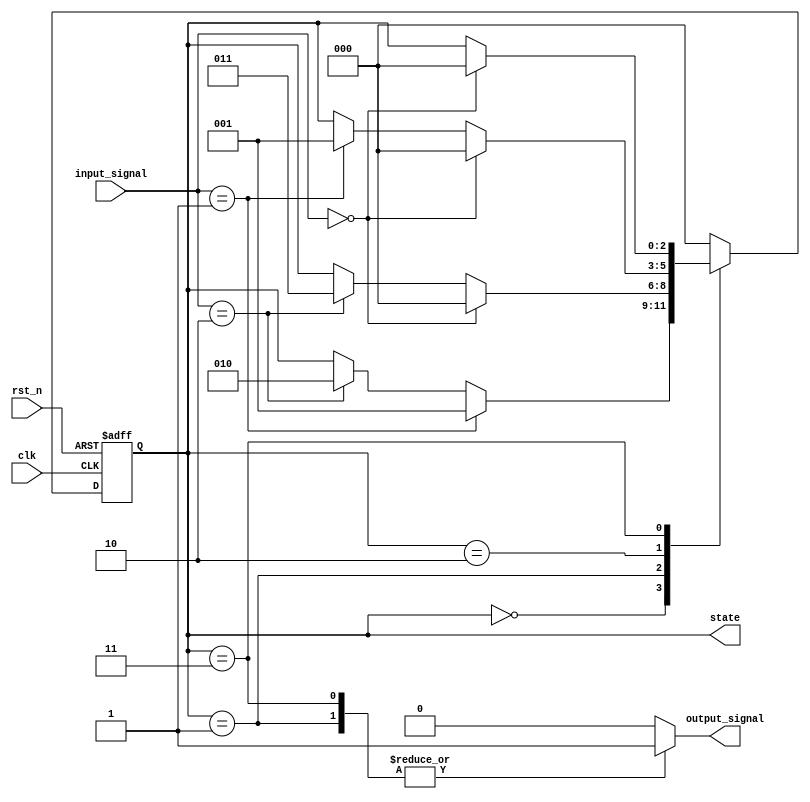
module fsm_preconfigured_init (
    input wire clk,            // Clock signal
    input wire rst_n,         // Active low reset signal
    input wire [1:0] input_signal, // Input signals for state transitions
    output reg [2:0] state,   // Current state (3-bit state encoding)
    output reg output_signal   // Output signal based on current state
);

// State encoding
localparam STATE_A = 3'b000; // Initial state
localparam STATE_B = 3'b001;
localparam STATE_C = 3'b010;
localparam STATE_D = 3'b011;

// State transition logic
always @(posedge clk or negedge rst_n) begin
    if (!rst_n) begin
        // Reset condition: set to initial state
        state <= STATE_A;
    end else begin
        // State transition logic based on input signals
        case (state)
            STATE_A: begin
                if (input_signal == 2'b01) begin
                    state <= STATE_B;
                end else if (input_signal == 2'b10) begin
                    state <= STATE_C;
                end
            end
            STATE_B: begin
                if (input_signal == 2'b00) begin
                    state <= STATE_A;
                end else if (input_signal == 2'b10) begin
                    state <= STATE_D;
                end
            end
            STATE_C: begin
                if (input_signal == 2'b00) begin
                    state <= STATE_A;
                end else if (input_signal == 2'b01) begin
                    state <= STATE_B;
                end
            end
            STATE_D: begin
                if (input_signal == 2'b00) begin
                    state <= STATE_A;
                end
            end
            default: state <= STATE_A; // Default case for safety
        endcase
    end
end

// Output logic based on current state
always @(*) begin
    case (state)
        STATE_A: output_signal = 1'b0; // Output for State A
        STATE_B: output_signal = 1'b1; // Output for State B
        STATE_C: output_signal = 1'b0; // Output for State C
        STATE_D: output_signal = 1'b1; // Output for State D
        default: output_signal = 1'b0; // Default output
    endcase
end

endmodule